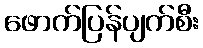
ဖောက်ပြန်ပျက်စီး